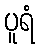
ပူရံ